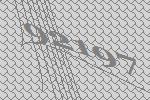
92197